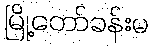
မြို့တော်ခန်းမ